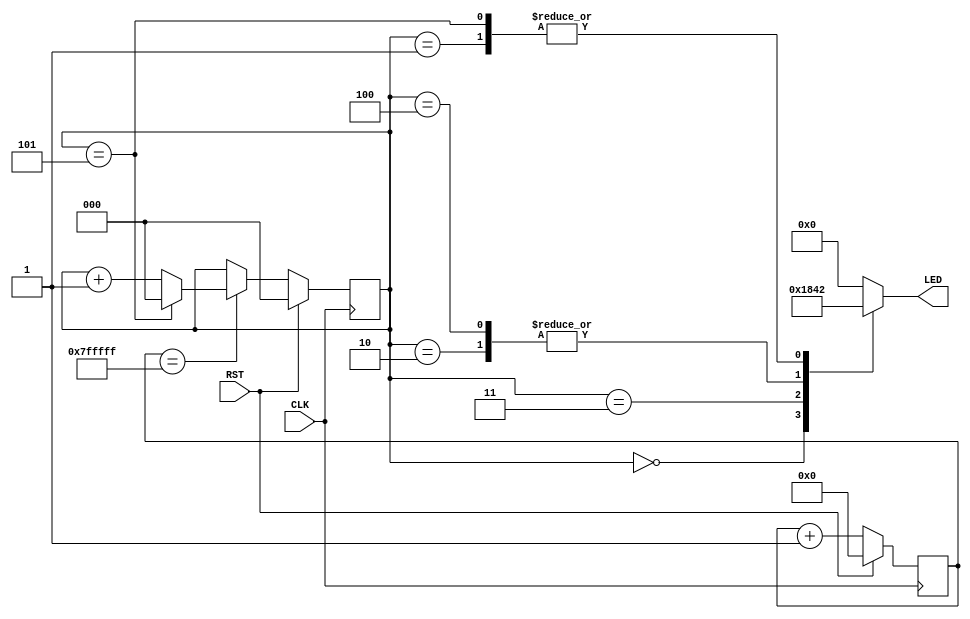
module blink (
	input CLK,
	input RST,
	output reg [3:0] LED
);


reg [22:0] cnt23;


always @( posedge CLK ) begin
	if ( RST )
		cnt23 <= 23'h0;
	else
		cnt23 <= cnt23 + 1'h1;
end

wire ledcnten = (cnt23 == 23'h7fffff);

reg [2:0] cnt3;

always @( posedge CLK ) begin
	if (RST)
		cnt3 <= 3'h0;
	else if (ledcnten)
		if (cnt3 == 3'd5)
			cnt3 <= 3'h0;
		else
			cnt3 <= cnt3 + 1'h1;
end

always @* begin
	case ( cnt3 )
		3'd0: LED = 4'b0001;
		3'd1: LED = 4'b0010;
		3'd2: LED = 4'b0100;
		3'd3: LED = 4'b1000;
		3'd4: LED = 4'b0100;
		3'd5: LED = 4'b0010;
		default:LED = 4'b0000;
	endcase
end

endmodule